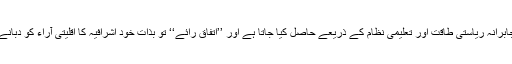
سیاسی استصواب جابرانہ ریاستی طاقت اور تعلیمی نظام کے ذریعے حاصل کیا جاتا ہے اور ’’اتفاقِ رائے‘‘ تو بذاتِ خود اشرافیہ کا اقلیتی آراء کو دبانے کا ایک حربہ ہے۔